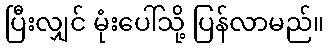
ပြီးလျှင် မုံးပေါ်သို့ ပြန်လာမည်။